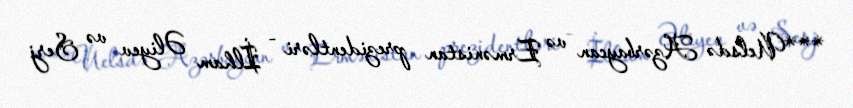
***Uelsdə Azərbaycan və Ermənistan prezidentləri - İlham Əliyev və Serj